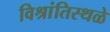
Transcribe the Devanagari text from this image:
विश्रांतिस्थळे